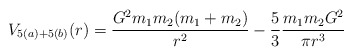
\begin{align*}V_{5(a)+5(b)}(r) = \frac{G^2m_1m_2(m_1+m_2)}{r^2}-\frac53\frac{m_1m_2G^2}{\pi r^3}\end{align*}